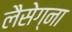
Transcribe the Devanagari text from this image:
लैसेग्ना